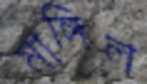
মাঙ্গিল